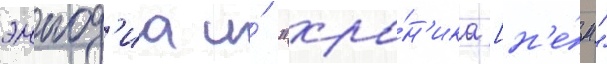
эннод'иа и́ "хро́н'ика [н'е́м."